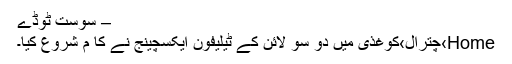
– سوست ٹوڈے
Home›چترال›کوغذی میں دو سو لائن کے ٹیلیفون ایکسچینج نے کا م شروع کیا۔